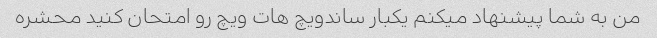
من به شما پیشنهاد میکنم یکبار ساندویچ هات ویچ رو امتحان کنید محشره